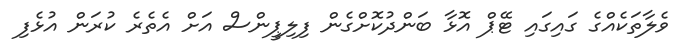
ވެލާތަކެއްގެ ގައިގައި ޓޭޕް އޮޅާ ބަންދުކޮށްގެން ފިލިޕީންސް އަށް އެތެރެ ކުރަން އުޅެފި